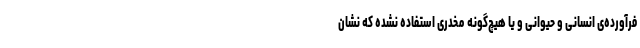
فرآورده‌ی انسانی و حیوانی و یا هیچ‌گونه مخدری استفاده نشده که نشان